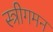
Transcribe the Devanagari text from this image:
स्त्रीगमन